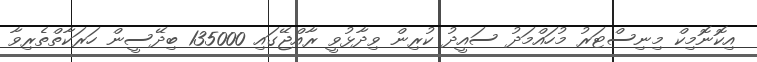
އިކޮނޮމިކް މިނިސްޓަރު މުހައްމަދު ސައީދު ކުރިން ވިދާޅުވީ ރާއްޖޭގައި 135000 ބިދޭސީން ހަރަކާތްތެރިވާ